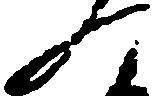
一